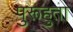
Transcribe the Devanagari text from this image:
पुरूहुता